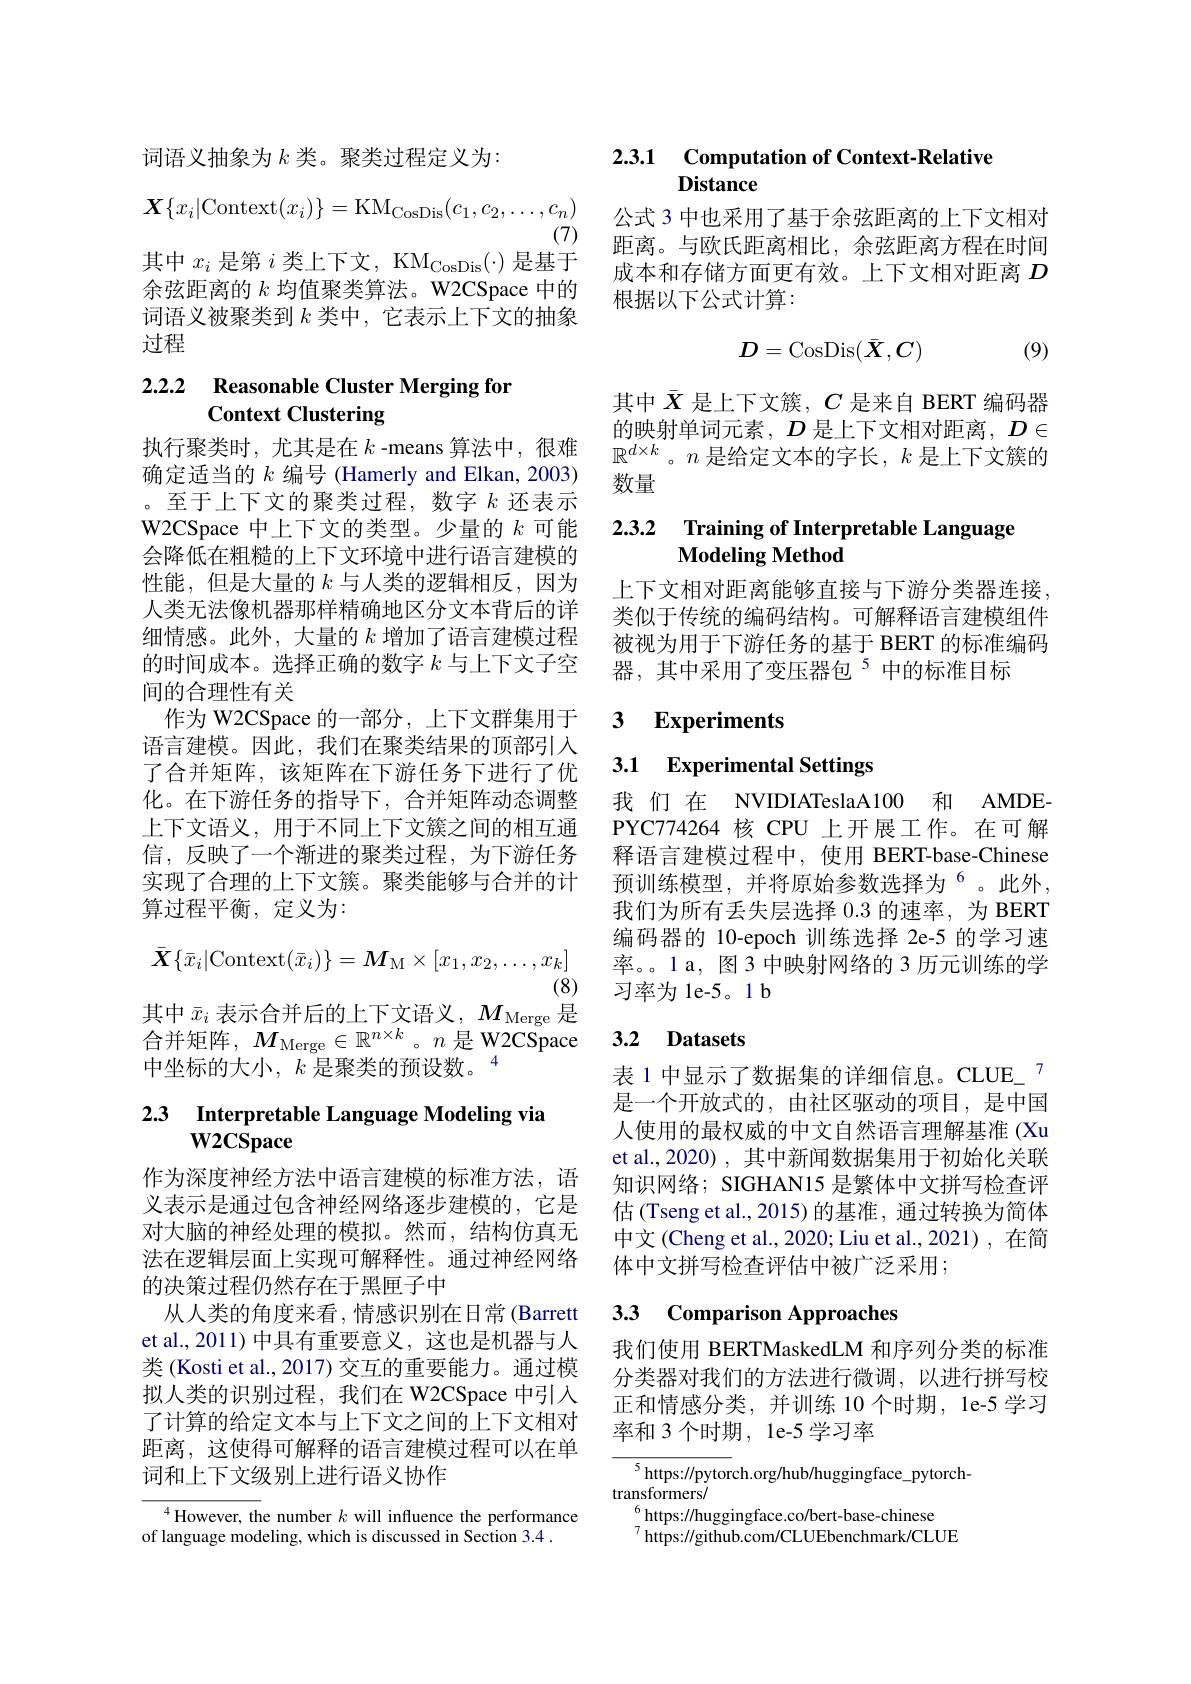
词语义抽象为$k$类。聚类过程定义为：
$$\boldsymbol{X}\{x_i|\mathrm{Context}(x_i)\}=\mathrm{KM}_\mathrm{CosDis}(c_1,c_2,\ldots,c_n)$$
(7)
其中$x_i$是第$i$类上下文，KM$_\mathrm{CosDis}(\cdot)$是基于

余弦距离的$k$均值聚类算法。W2CSpace 中的词语义被聚类到$k$类中，它表示上下文的抽象过程

## 2.2.2 Reasonable Cluster Merging for Context Clustering

执行聚类时，尤其是在$k$ -means 算法中，很难确定适当的$k$编号 (Hamerly and Elkan, 2003) 。至于上下文的聚类过程，数字$k$还表示W2CSpace 中上下文的类型。少量的$k$可能会降低在粗糙的上下文环境中进行语言建模的性能，但是大量的$k$与人类的逻辑相反，因为人类无法像机器那样精确地区分文本背后的详细情感。此外，大量的$k$增加了语言建模过程的时间成本。选择正确的数字$k$与上下文子空间的合理性有关
作为 W2CSpace 的一部分，上下文群集用于语言建模。因此，我们在聚类结果的顶部引入了合并矩阵，该矩阵在下游任务下进行了优化。在下游任务的指导下，合并矩阵动态调整上下文语义，用于不同上下文簇之间的相互通信，反映了一个渐进的聚类过程，为下游任务实现了合理的上下文簇。聚类能够与合并的计算过程平衡，定义为：
$$\bar{\boldsymbol{X}}\{\bar{x}_i|\mathrm{Context}(\bar{x}_i)\}=M_\mathrm{M}\times[x_1,x_2,\ldots,x_k]$$
(8)
其中$\bar{x}_i$表示合并后的上下文语义，$M_\mathrm{Merge}$是合并矩阵，$M_\mathrm{Merge}\in\mathbb{R}^{n\times k}$。$n$是 W2CSpace 中坐标的大小，$k$是聚类的预设数。4

# 2.3 Interpretable Language Modeling via

作为深度神经方法中语言建模的标准方法，语义表示是通过包含神经网络逐步建模的，它是对大脑的神经处理的模拟。然而，结构仿真无法在逻辑层面上实现可解释性。通过神经网络的决策过程仍然存在于黑匣子中
从人类的角度来看，情感识别在日常(Barrett et al.,2011) 中具有重要意义，这也是机器与人类 (Kosti et al., 2017) 交互的重要能力。通过模拟人类的识别过程，我们在 W2CSpace 中引入了计算的给定文本与上下文之间的上下文相对距离，这使得可解释的语言建模过程可以在单词和上下文级别上进行语义协作

$^{4}$However, the number $k$ will influence the performance
of language modeling, which is discussed in Section 3.4 .

### 2.3.1 Computation of Context-Relative Distance

公式 3 中也采用了基于余弦距离的上下文相对距离。与欧氏距离相比，余弦距离方程在时间成本和存储方面更有效。上下文相对距离$D$ 根据以下公式计算：
$$D=\mathrm{CosDis}(\bar{X},C)$$
(9)

其中$\bar{X}$是上下文簇，$C$是来自 BERT 编码器的映射单词元素，$D$是上下文相对距离，$D\in$ $\mathbb{R}^{d\times k}$。$n$是给定文本的字长，$k$是上下文簇的数量

## 2.3.2 Training of Interpretable Language $\mathbf{Modeling~Method}$

上下文相对距离能够直接与下游分类器连接。类似于传统的编码结构。可解释语言建模组件被视为用于下游任务的基于 BERT 的标准编码器，其中采用了变压器包$^{5}$中的标准目标

### $\textbf{3}$ $\textbf{Experiments}$

# 3.1 Experimental Settings

我 们 在 NVIDIATeslaA100 和 AMDEPYC774264 核 CPU 上开展工作。在可解释语言建模过程中，使用 BERT-base-Chinese 预训练模型，并将原始参数选择为“。此外， 我们为所有丢失层选择 0.3 的速率，为 BERT 编码器的 10-epoch 训练选择 2e-5 的学习速率。。1 a, 图 3 中映射网络的 3 历元训练的学习率为 le-5。1 b

## 3.2 Datasets

表 1 中显示了数据集的详细信息。CLUE\_$^{7}$ 是一个开放式的，由社区驱动的项目，是中国人使用的最权威的中文自然语言理解基准 (Xu et al., 2020) , 其中新闻数据集用于初始化关联知识网络；SIGHAN15 是繁体中文拼写检查评估 (Tseng et al., 2015) 的基准，通过转换为简体中文(Cheng et al.,2020; Liu et al.,2021),在简体中文拼写检查评估中被广泛采用；

### 3.3 Comparison Approaches

我们使用 BERTMaskedLM 和序列分类的标准分类器对我们的方法进行微调，以进行拼写校正和情感分类，并训练 10 个时期，1e-5 学习率和 3 个时期 , 1e-5 学习率

$^{5}$https://pytorch.org/hub/huggingface$\_$pytorch-
transformers/
$^{6}$https://huggingface.co/bert-base-chinese
$^{7}$https://github.com/CLUEbenchmark/CLUE